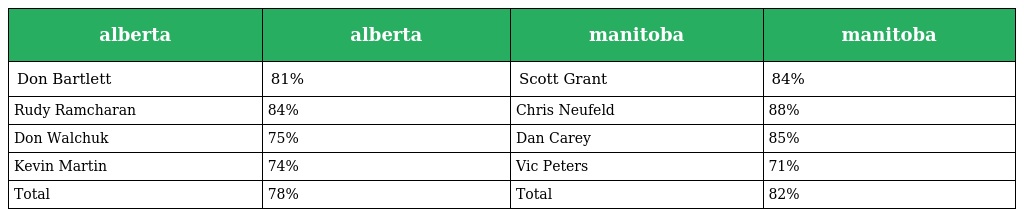
| alberta | alberta | manitoba | manitoba |
 | --- | --- | --- | --- |
 | Don Bartlett | 81% | Scott Grant | 84% |
 | Rudy Ramcharan | 84% | Chris Neufeld | 88% |
 | Don Walchuk | 75% | Dan Carey | 85% |
 | Kevin Martin | 74% | Vic Peters | 71% |
 | Total | 78% | Total | 82% |